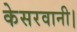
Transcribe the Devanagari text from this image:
केसरवानी।